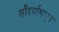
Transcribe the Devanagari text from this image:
सौंदर्यामधून